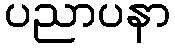
ပညာပနာ